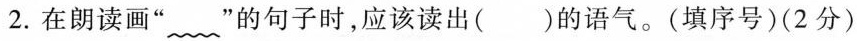
2.在朗读画”﹏”的句子时，应该读出()的语气。(填序号)(2分)